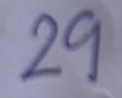
29